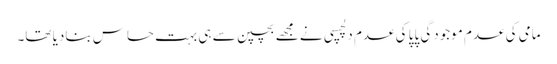
مامی کی عدم موجودگی پاپا کی عدم دلچسپی نے مجھے بچپن سے ہی بہت حساس بنادیا تھا۔